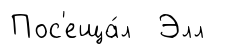
Пос'еща́л Элл